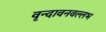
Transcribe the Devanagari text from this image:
वृन्दावनवल्लभ